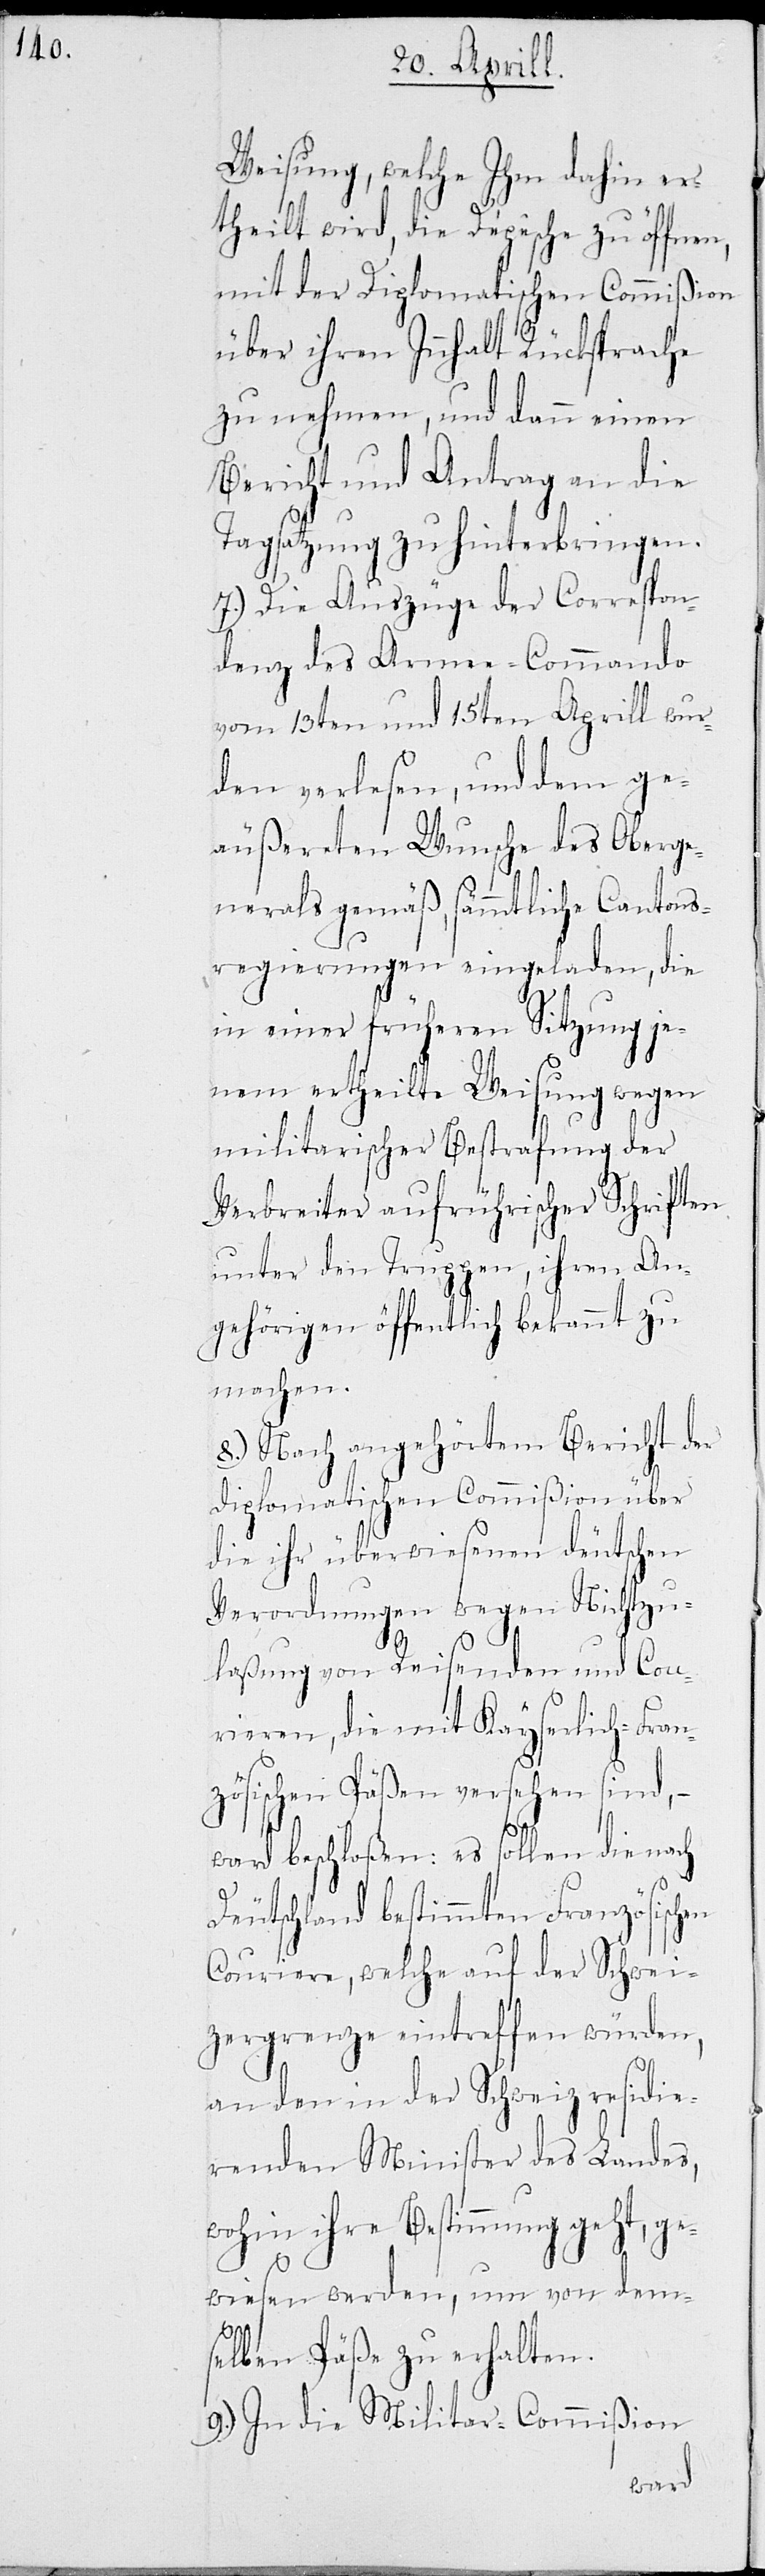
Weisung, welche ihm dahin er¬
theilt wird, die Depesche zu öffnen,
mit der Diplomatischen Commißion
über ihren Innhalt Rücksprache
zu nehmen, und dann einen
Bericht und Antrag an die
Tagsatzung zu hinterbringen.
8.) Die Auszüge der Correspon¬
denz des Armee-Commando
vom 13ten und 15ten Aprill wur¬
den verlesen, und dem ge¬
äußerten Wunsche des Oberge¬
nerals gemäß, sämmtliche Cantons¬
regierungen eingeladen, die
in einer früheren Sitzung je¬
nem ertheilte Weisung wegen
militarischer Bestrafung der
Verbreiter aufrührischer Schriften
unter den Truppen, ihren An¬
gehörigen öffentlich bekannt zu
machen.
8.) Nach angehörtem Bericht der
Diplomatischen Commißion über
die ihr überwiesenen deutschen
Verordnungen wegen Nichtzu¬
laßung von Reisenden und Cou¬
rieren, die mit Kayserlich-Fran¬
zösischen Päßen versehen sind, –
ward beschloßen: es sollen die nach
Deutschland bestimmten Französischen
Couriere, welche auf der Schwei¬
zergrenze eintreffen würden,
an den in der Schweiz residie¬
renden Minister des Landes,
wohin ihre Bestimmung geht, ge¬
wiesen werden, um von dem¬
selben Päße zu erhalten.
9.) In die Militar-Commißion